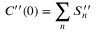
C ^ { \prime \prime } ( 0 ) = \sum _ { n } S _ { n } ^ { \prime \prime }